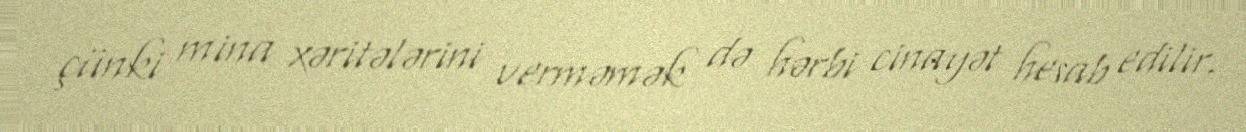
çünki mina xəritələrini verməmək də hərbi cinayət hesab edilir.